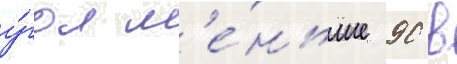
у́гол м'е́ньше 90 в